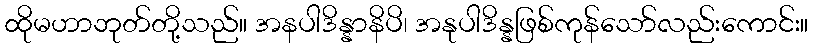
ထိုမဟာဘုတ်တို့သည်။ အနပါဒိန္နာနိပိ၊ အနုပါဒိန္နဖြစ်ကုန်သော်လည်းကောင်း။